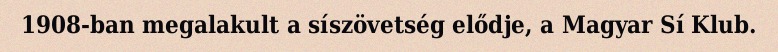
1908-ban megalakult a síszövetség elődje, a Magyar Sí Klub.